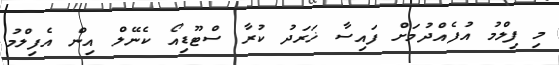
މި ފިލްމު އުފެއްދުމަށް ފައިސާ ޚަރަދު ކުރާ ސްޓޫޑިއޯ ކެނޭލް އިން އެފިލްމު